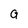
Character: a